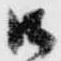
御